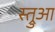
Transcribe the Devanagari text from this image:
स्त्रुआ